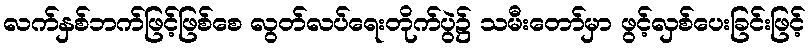
လက်နှစ်ဘက်ဖြင့်ဖြစ်စေ လွတ်လပ်ရေးတိုက်ပွဲ၌ သမီးတော်မှာ ဖွင့်လှစ်ပေးခြင်းဖြင့်